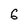
Character: 6